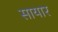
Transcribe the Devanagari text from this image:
सायार